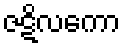
ဇဋိလကော